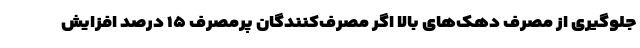
جلوگیری از مصرف دهک‌های بالا اگر مصرف‌کنندگان پرمصرف ۱۵ درصد افزایش